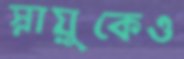
স্নায়ুকেও